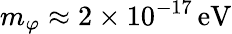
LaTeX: m_{\varphi}\approx 2\times 10^{-17}\, \textrm{eV}